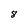
Character: 8